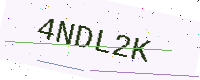
Text: 4NDL2K